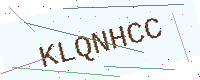
Text: KLQNHCC